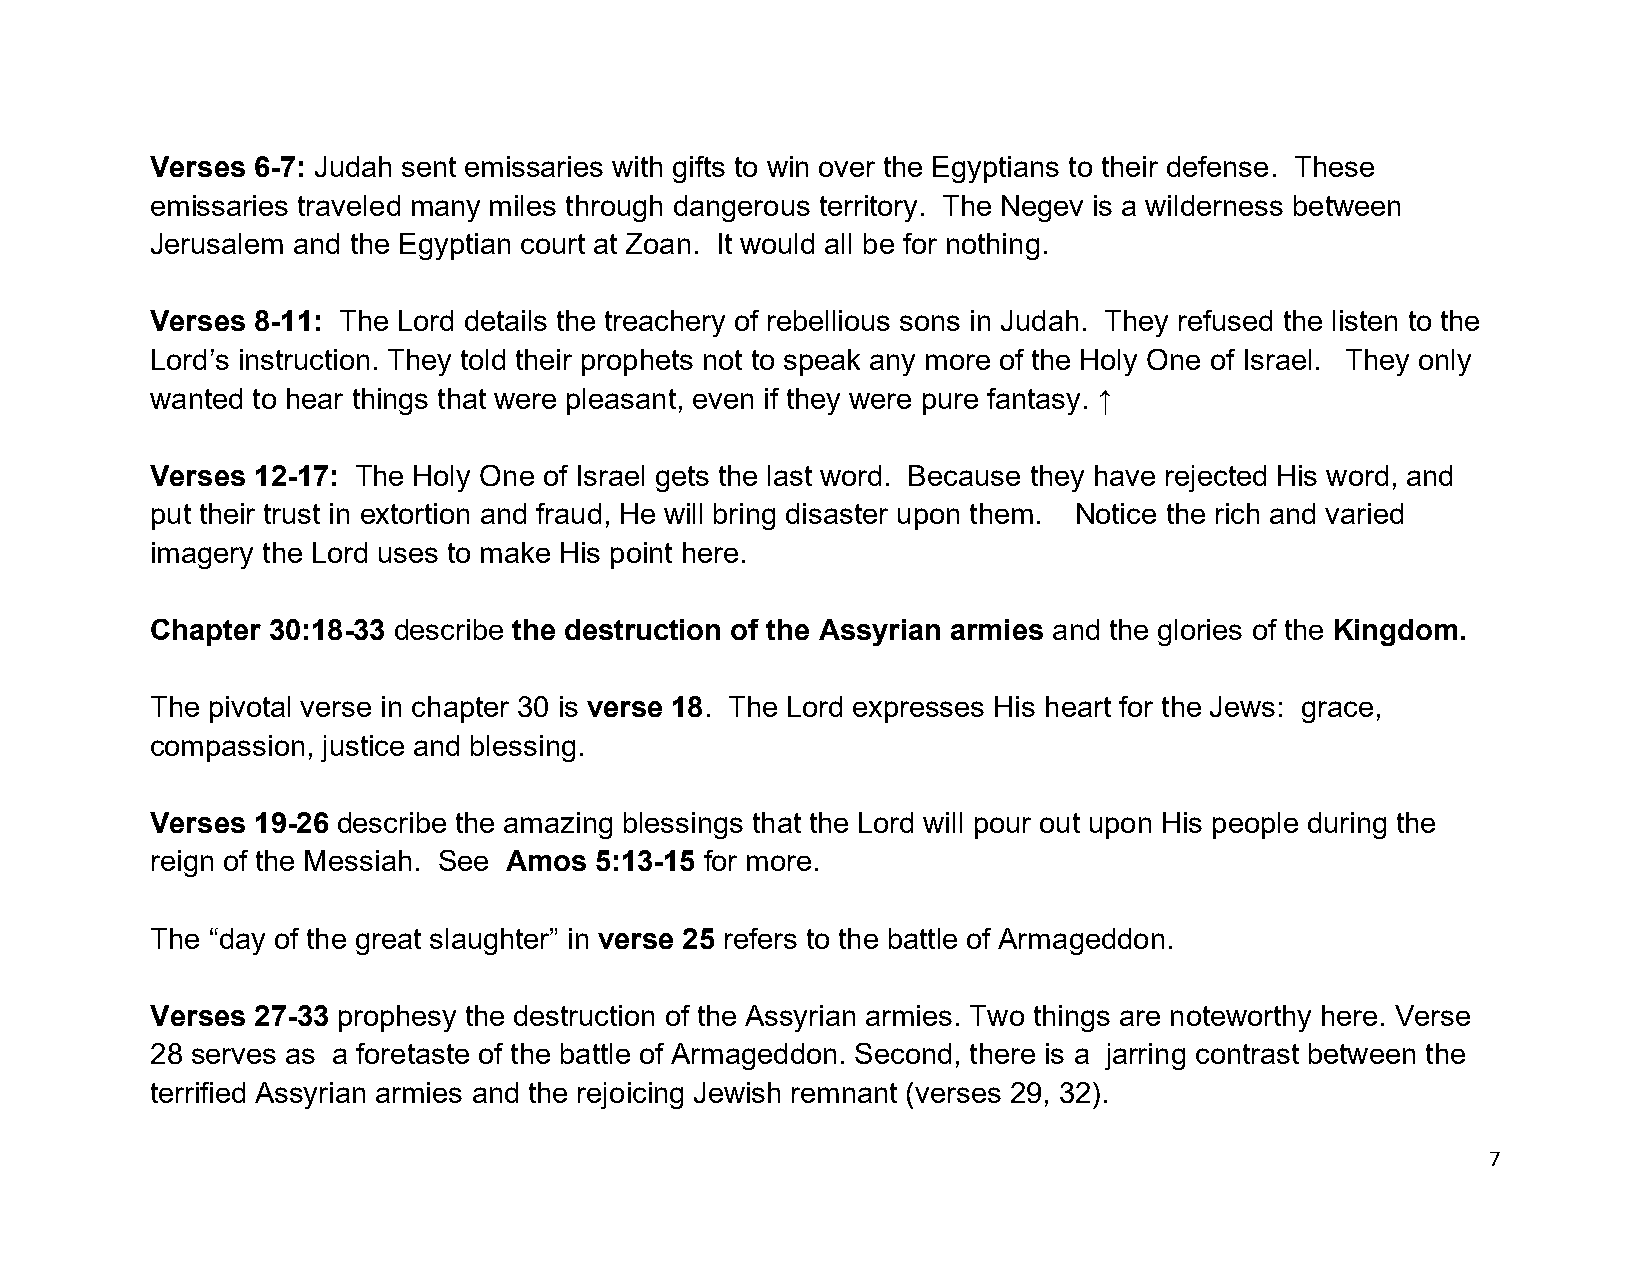
Verses 6-7: Judah sent emissaries with gifts to win over the Egyptians to their defense. These
 emissaries traveled many miles through dangerous territory. The Negev is a wilderness between
 Jerusalem and the Egyptian court at Zoan. It would all be for nothing.
 Verses 8-11: The Lord details the treachery of rebellious sons in Judah. They refused the listen to the
 Lord’s instruction. They told their prophets not to speak any more of the Holy One of Israel. They only
 wanted to hear things that were pleasant, even if they were pure fantasy. ↑
 Verses 12-17: The Holy One of Israel gets the last word. Because they have rejected His word, and
 put their trust in extortion and fraud, He will bring disaster upon them. Notice the rich and varied
 imagery the Lord uses to make His point here.
 Chapter 30:18-33 describe the destruction of the Assyrian armies and the glories of the Kingdom.
 The pivotal verse in chapter 30 is verse 18. The Lord expresses His heart for the Jews: grace,
 compassion, justice and blessing.
 Verses 19-26 describe the amazing blessings that the Lord will pour out upon His people during the
 reign of the Messiah. See Amos 5:13-15 for more.
 The “day of the great slaughter” in verse 25 refers to the battle of Armageddon.
 Verses 27-33 prophesy the destruction of the Assyrian armies. Two things are noteworthy here. Verse
 28 serves as a foretaste of the battle of Armageddon. Second, there is a jarring contrast between the
 terrified Assyrian armies and the rejoicing Jewish remnant (verses 29, 32).
 7